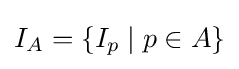
I_{A}=\{I_{p}\mid p\in A\}